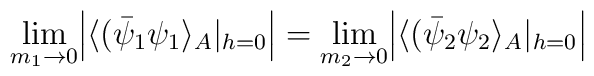
\lim_{m_1\rightarrow 0} \Bigl| \langle (\bar\psi_1 \psi_1  \rangle_A|_{h=0}\Bigr|= \lim_{m_2\rightarrow 0} \Bigl|\langle (\bar\psi_2 \psi_2  \rangle_A|_{h=0}\Bigr|